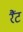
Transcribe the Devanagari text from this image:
रैंट